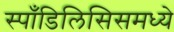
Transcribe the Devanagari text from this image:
स्पाँडिलिसिसमध्ये